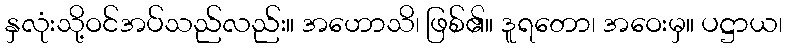
နှလုံးသို့ဝင်အပ်သည်လည်း။ အဟောသိ၊ ဖြစ်၏။ ဒူရတော၊ အဝေးမှ။ ပဋ္ဌာယ၊